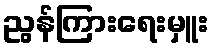
ညွန်ကြားရေးမှူး